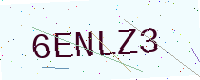
Text: 6ENLZ3